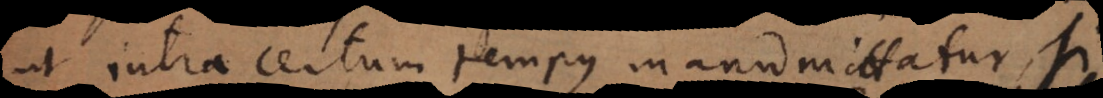
ut intra certum tempus manumittatur, si